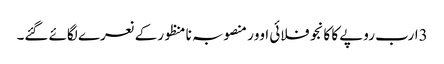
3ارب روپے کا کانجو فلائی اوور منصوبہ نا منظورکے نعرے لگائے گئے۔